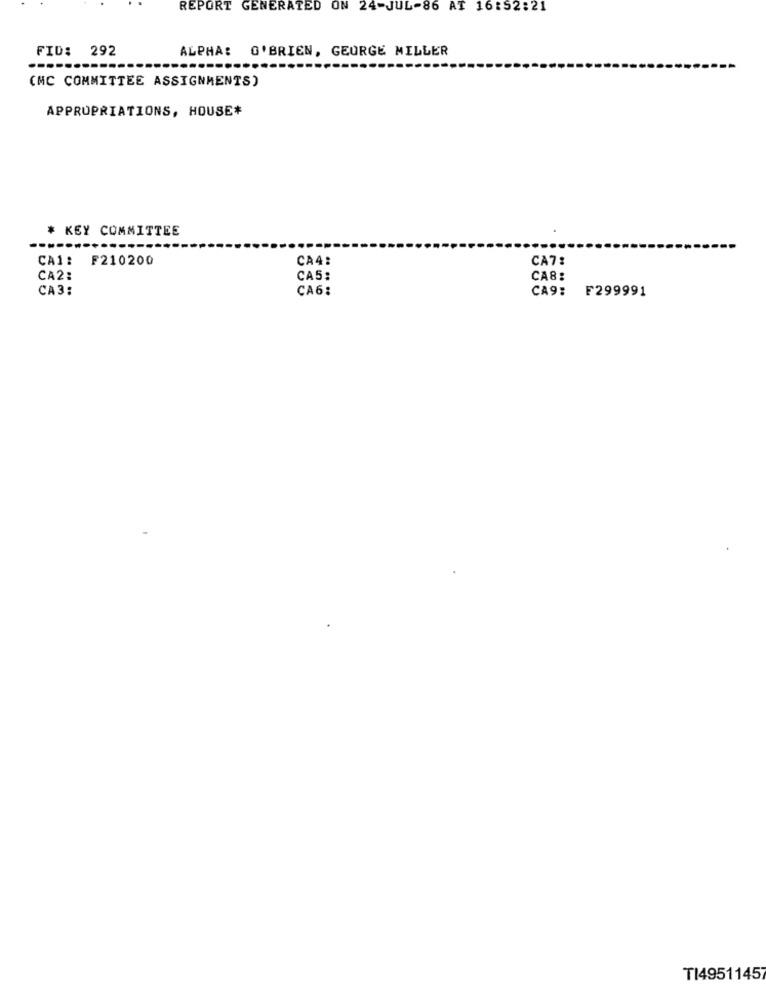
REPORT GENERATED ON 24-JUL-86 AT 16:52:21
FID: 292
ALPHA: O'BRIEN, GEORGE MILLER
(MC COMMITTEE ASSIGNMENTS)
APPROPRIATIONS, HOUSE*
* KEY COMMITTEE
CA1: F210200
CA4:
CA7:
CA2:
CA5:
CA8:
CA3:
CA6:
CA9:
F299991
TI49511457